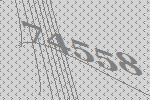
74558